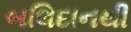
બલિદાનથી